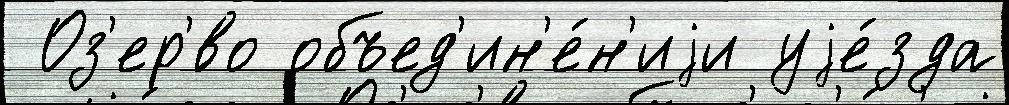
 Оз'ер'́во объед'ин'е́н'иjи уjе́зда